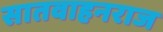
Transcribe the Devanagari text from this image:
सातवाहनराज